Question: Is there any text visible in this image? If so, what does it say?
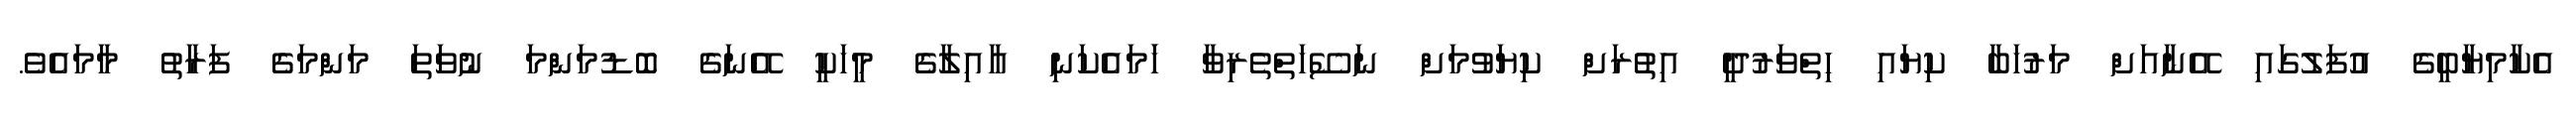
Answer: އެކާމިޔާބީގެ އުފަލުގައި އޭނާއަށް މަރުހަބާ ކިޔައި ހިތްވަރުދީ އިތުރަށް ކިޔަވުމަށް ނަސޭހަތްތެރިވާ ހަަމައެކަނި އާއިލާގެ މީހަކީ އޭނަގެ ބޮޑުމަންމަ ނުވަތަ މަންމަގެ ފަރާތު މާމައެވެ.